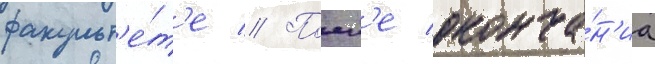
факульт'е́т'е // Посл'е оконча́н'иа